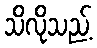
သိလိုသည့်